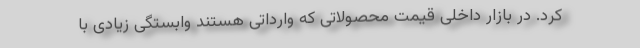
کرد. در بازار داخلی قیمت محصولاتی که وارداتی هستند وابستگی زیادی با